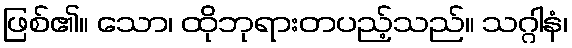
ဖြစ်၏။ သော၊ ထိုဘုရားတပည့်သည်။ သဂ္ဂါနံ၊